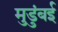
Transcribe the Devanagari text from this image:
मुडुंबई